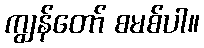
ကျွန်တော် စမစ်ပါ။